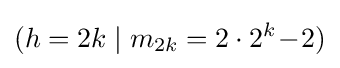
(h=2k\;|\;m_{2k}=2\cdot 2^{k}\!-\!2)